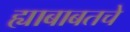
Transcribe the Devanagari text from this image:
ह्याबाबतचे